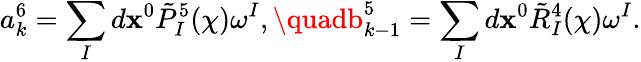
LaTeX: a_{k}^{6}=\sum_{I}d\mathbf{x}^{0}\tilde{{P}}_{I}^{5}(\chi)\omega^{I},\quadb_{k-1}^{5}=\sum_{I}d\mathbf{x}^{0}\tilde{{R}}_{I}^{4}(\chi)\omega^{I}.